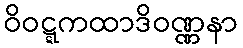
ဝိဝဋ္ဋကထာဒိဝဏ္ဏနာ